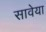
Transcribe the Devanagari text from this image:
सावेया